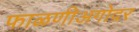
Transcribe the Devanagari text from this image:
फाळणीअगोदर